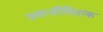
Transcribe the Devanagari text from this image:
उत्तरजीविताक